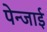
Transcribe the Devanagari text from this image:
पेन्जाई